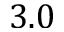
3 . 0